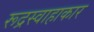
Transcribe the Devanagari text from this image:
रूद्रस्वाहाकार